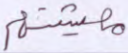
معيشتهم